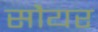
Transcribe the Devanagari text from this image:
सौयर